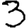
Digit: 3